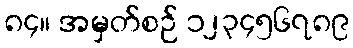
၈၄။ အမှတ်စဉ် ၁၂၃၄၅၆၇၈၉